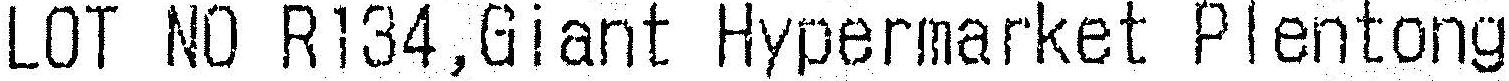
LOT NO R134,GIANT HYPERMARKET PLENTONG